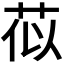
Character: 𫈄